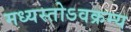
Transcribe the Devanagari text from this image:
मध्यस्तोऽवक्रम्य